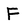
Character: F